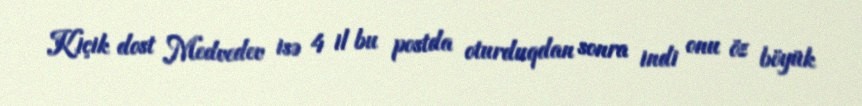
Kiçik dost Medvedev isə 4 il bu postda oturduqdan sonra indi onu öz böyük